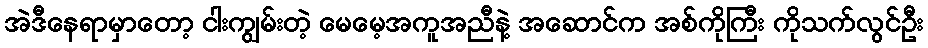
အဲဒီနေရာမှာတော့ ငါးကျွမ်းတဲ့ မေမေ့အကူအညီနဲ့ အဆောင်က အစ်ကိုကြီး ကိုသက်လွင်ဦး